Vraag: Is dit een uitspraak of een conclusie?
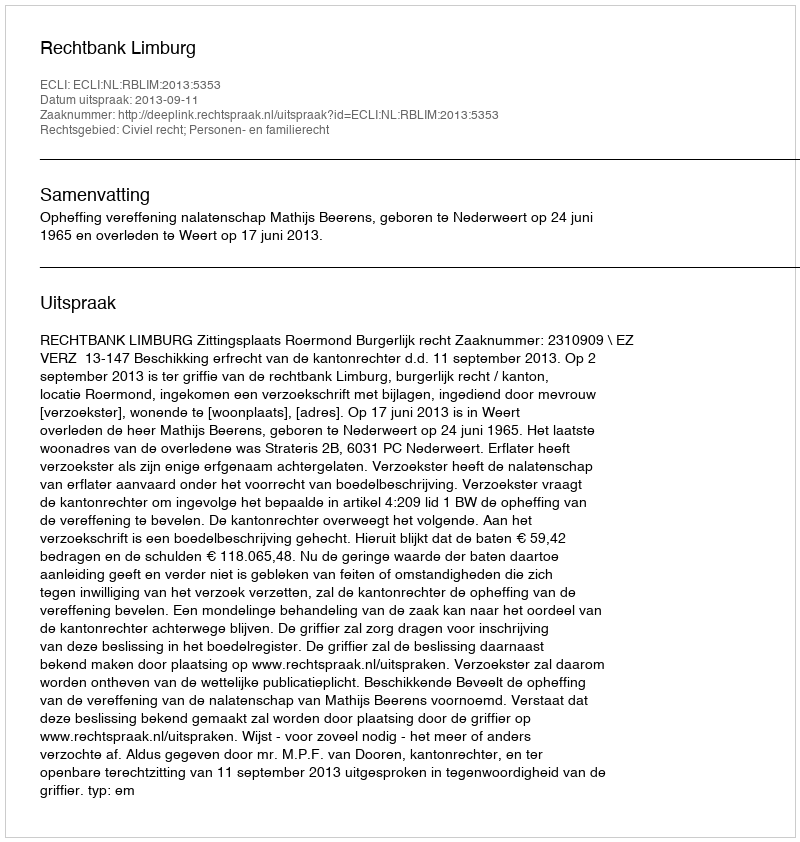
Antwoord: Uitspraak